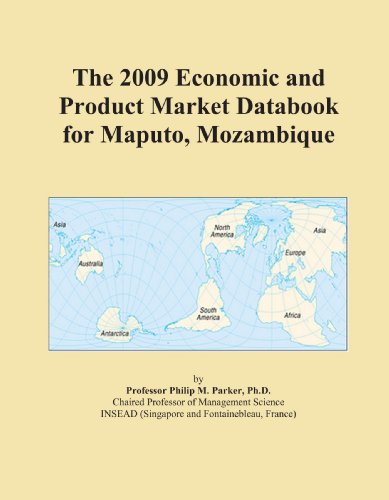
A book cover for The 2009 Economic and Product Market Databook for Maputo, Mozambique; Icon Group International; Travel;